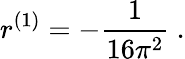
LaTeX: r^{(1)}=-\frac{1}{16\pi^{2}}\ .